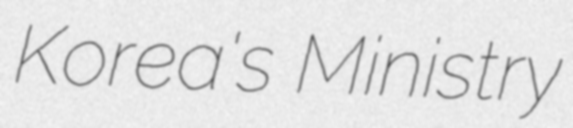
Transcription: Korea's Ministry